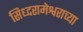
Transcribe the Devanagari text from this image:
सिध्दरामेश्वराच्या